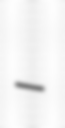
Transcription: -